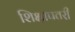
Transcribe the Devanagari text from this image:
शिक्षापतरी